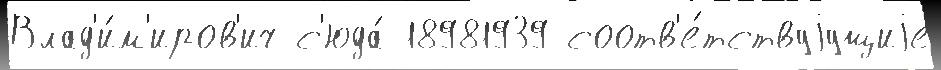
Влад'и́м'иров'ич с'юда́ 18981939 соотв'е́тствуjущиjе